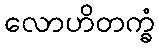
လောဟိတက္ခံ